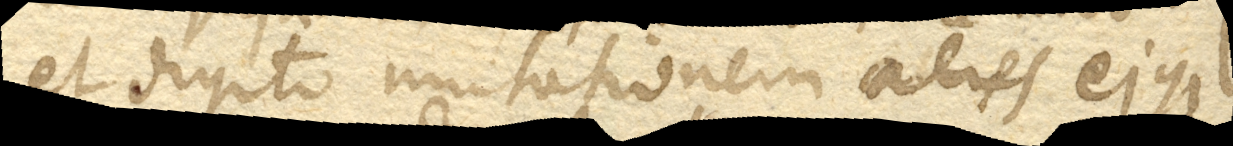
et digito mutationem aeris ejusque